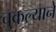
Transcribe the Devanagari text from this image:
चुकल्याने